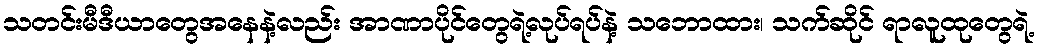
သတင်းမီဒီယာတွေအနေနဲ့လည်း အာဏာပိုင်တွေရဲ့လုပ်ရပ်နဲ့ သဘောထား၊ သက်ဆိုင် ရာလူထုတွေရဲ့